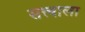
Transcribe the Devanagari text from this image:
सत्त्वाला